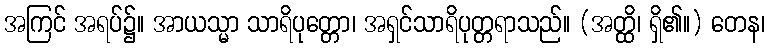
အကြင် အရပ်၌။ အာယသ္မာ သာရိပုတ္တော၊ အရှင်သာရိပုတ္တရာသည်။ (အတ္ထိ၊ ရှိ၏။) တေန၊